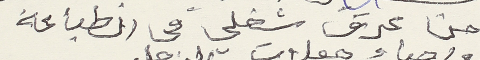
من عرق شغلي في الطباعة